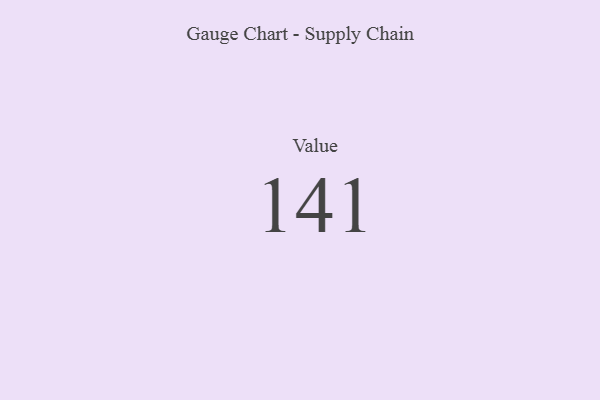
{"axis": {"x": "Metric", "y": "Value"}, "legend": [""], "data": [{"x": "Value", "y": 141, "type": ""}]}